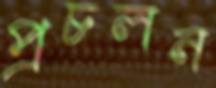
প্রচলন